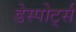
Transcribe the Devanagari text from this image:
डेस्पोर्ट्स